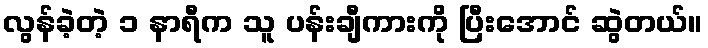
လွန်ခဲ့တဲ့ ၁ နာရီက သူ ပန်းချီကားကို ပြီးအောင် ဆွဲတယ်။